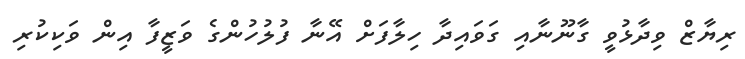
ރިޔާޒް ވިދާޅުވީ ގާނޫނާއި ގަވައިދާ ހިލާފަށް އޭނާ ފުލުހުންގެ ވަޒީފާ އިން ވަކިކުރި